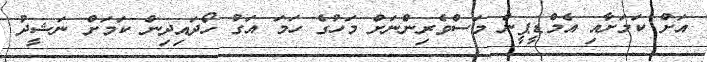
އަށް ކަމަށާއި އެމްޑީޕީން މަސްވެރިންނަށް މަހުގެ ހަމަ އަގު ހޯދައިދިން ކަމަށް ނަޝީދު